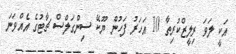
އަކީ ލަވަ ރިލީޒްކުރިތާ 10 އަހަރު ފަހުން ޔޫކޭ ސިންގަލްސް ޗާޓުގެ އެއްވަނަ